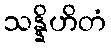
သန္နိဟိတံ